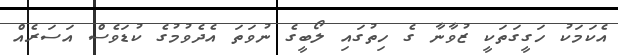
އެކަމަކު ހަގީގަތަކީ ޒުވާނާ ގެ ހިތުގައި ލޯބީގެ ނުވަތަ އެދެވުމުގެ ކުޑަވެސް އަސަރެއް